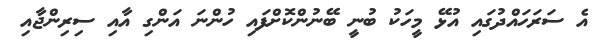
އެ ސަރަހައްދުގައި އުޅޭ މީހަކު ބުނީ ބޭނުންކޮށްފައި ހުންނަ އަންގި އާއި ސިރިންޖާއި